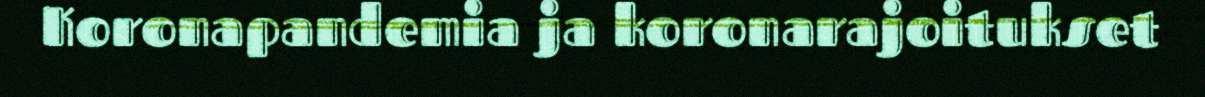
Koronapandemia ja koronarajoitukset